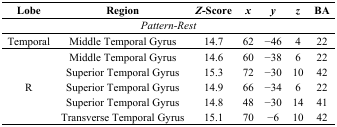
<table><thead><tr><td><b>Lobe</b></td><td><b>Region</b></td><td><b><i>Z</i>-Score</b></td><td><b><i>x</i></b></td><td><b><i>y</i></b></td><td><b><i>z</i></b></td><td><b>BA</b></td></tr></thead><tbody><tr><td colspan="7"><i>Pattern-Rest</i></td></tr><tr><td>Temporal</td><td>Middle Temporal Gyrus</td><td>14.7</td><td>62</td><td>−46</td><td>4</td><td>22</td></tr><tr><td rowspan="5">R</td><td>Middle Temporal Gyrus</td><td>14.6</td><td>60</td><td>−38</td><td>6</td><td>22</td></tr><tr><td>Superior Temporal Gyrus</td><td>15.3</td><td>72</td><td>−30</td><td>10</td><td>42</td></tr><tr><td>Superior Temporal Gyrus</td><td>14.9</td><td>66</td><td>−34</td><td>6</td><td>22</td></tr><tr><td>Superior Temporal Gyrus</td><td>14.8</td><td>48</td><td>−30</td><td>14</td><td>41</td></tr><tr><td>Transverse Temporal Gyrus</td><td>15.1</td><td>70</td><td>−6</td><td>10</td><td>42</td></tr></tbody></table>